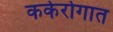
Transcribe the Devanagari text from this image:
कर्करोगात